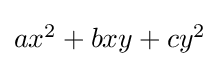
{\textstyle ax^{2}+bxy+cy^{2}}